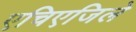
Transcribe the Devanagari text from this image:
एचिएजिले